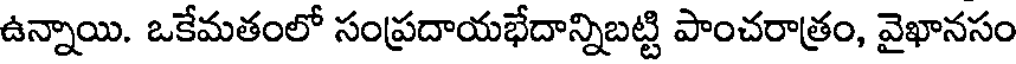
ఉన్నాయి. ఒకేమతంలో సంప్రదాయభేదాన్నిబట్టి పాంచరాత్రం, వైఖానసం